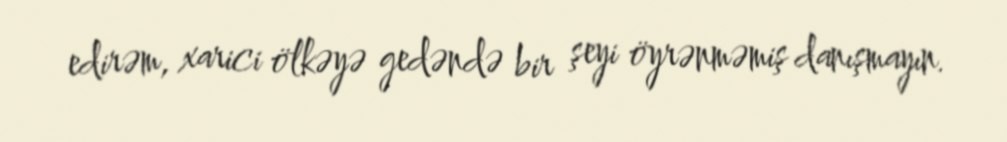
edirəm, xarici ölkəyə gedəndə bir şeyi öyrənməmiş danışmayın.